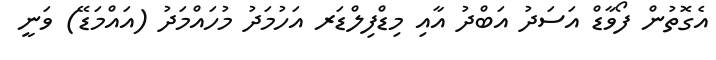
އެގޮތުން ފޯވާޑް އަސަދު އަބްދު އާއި މިޑްފިލްޑަރ އަހުމަދު މުހައްމަދު (އައްމަޑޭ) ވަނީ